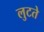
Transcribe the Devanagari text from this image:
लुटते